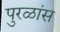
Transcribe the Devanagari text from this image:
पुरळांस